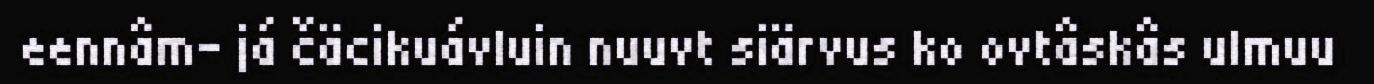
eennâm- já čäcikuávluin nuuvt siärvus ko ovtâskâs ulmuu